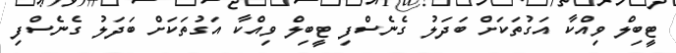
ޓީބިލް ވިއްކާ އަގުތަކަށް ބަދަލު ގެނެސްފި ޓީބިލް ވިއްކާ އަގުތަކަށް ބަދަލު ގެނެސްފި